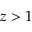
z > 1